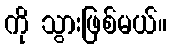
ကို သွားဖြစ်မယ်။